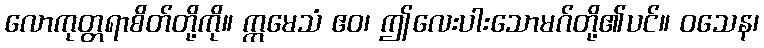
လောကုတ္တရာစိတ်တို့ကို။ ဣမေသံ ဧဝ၊ ဤလေးပါးသောမဂ်တို့၏ပင်။ ဝသေန၊